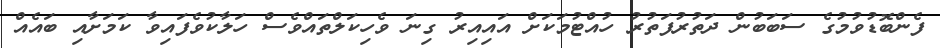
ފެންބޮޑުވުމުގެ ސަބަބުން ދަތުރުފަތުރު ހުއްޓުމަކަށް އައިއިރު ގިނަ ވެހިކަލްތައްވެސް ހަލާކުވެފައިވާ ކަމަށާއި ބައެއް